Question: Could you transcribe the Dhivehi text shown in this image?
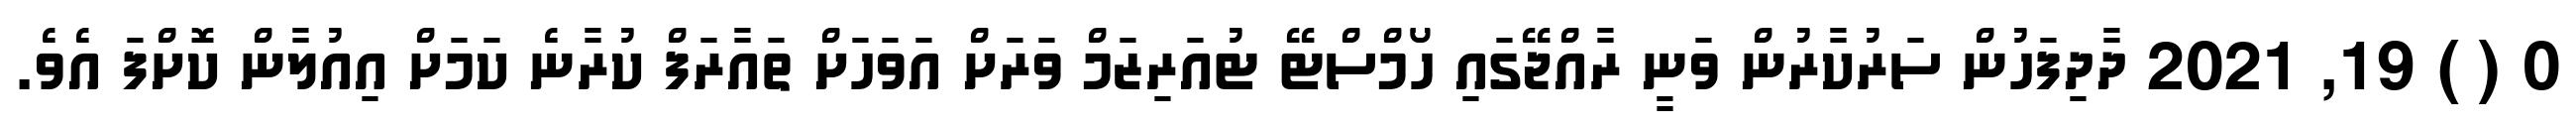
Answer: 0 ( ) 19, 2021 ދާދިފަހުން ސަރުކާރުން ވަނީ ރާއްޖޭގައި ހޯމްސްޓޭ ޓުއަރިޒަމް ވަރަށް އަވަހަށް ތައާރަފް ކުރާނެ ކަމަށް އިއުލާން ކޮށްފަ އެވެ.